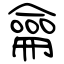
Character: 龠